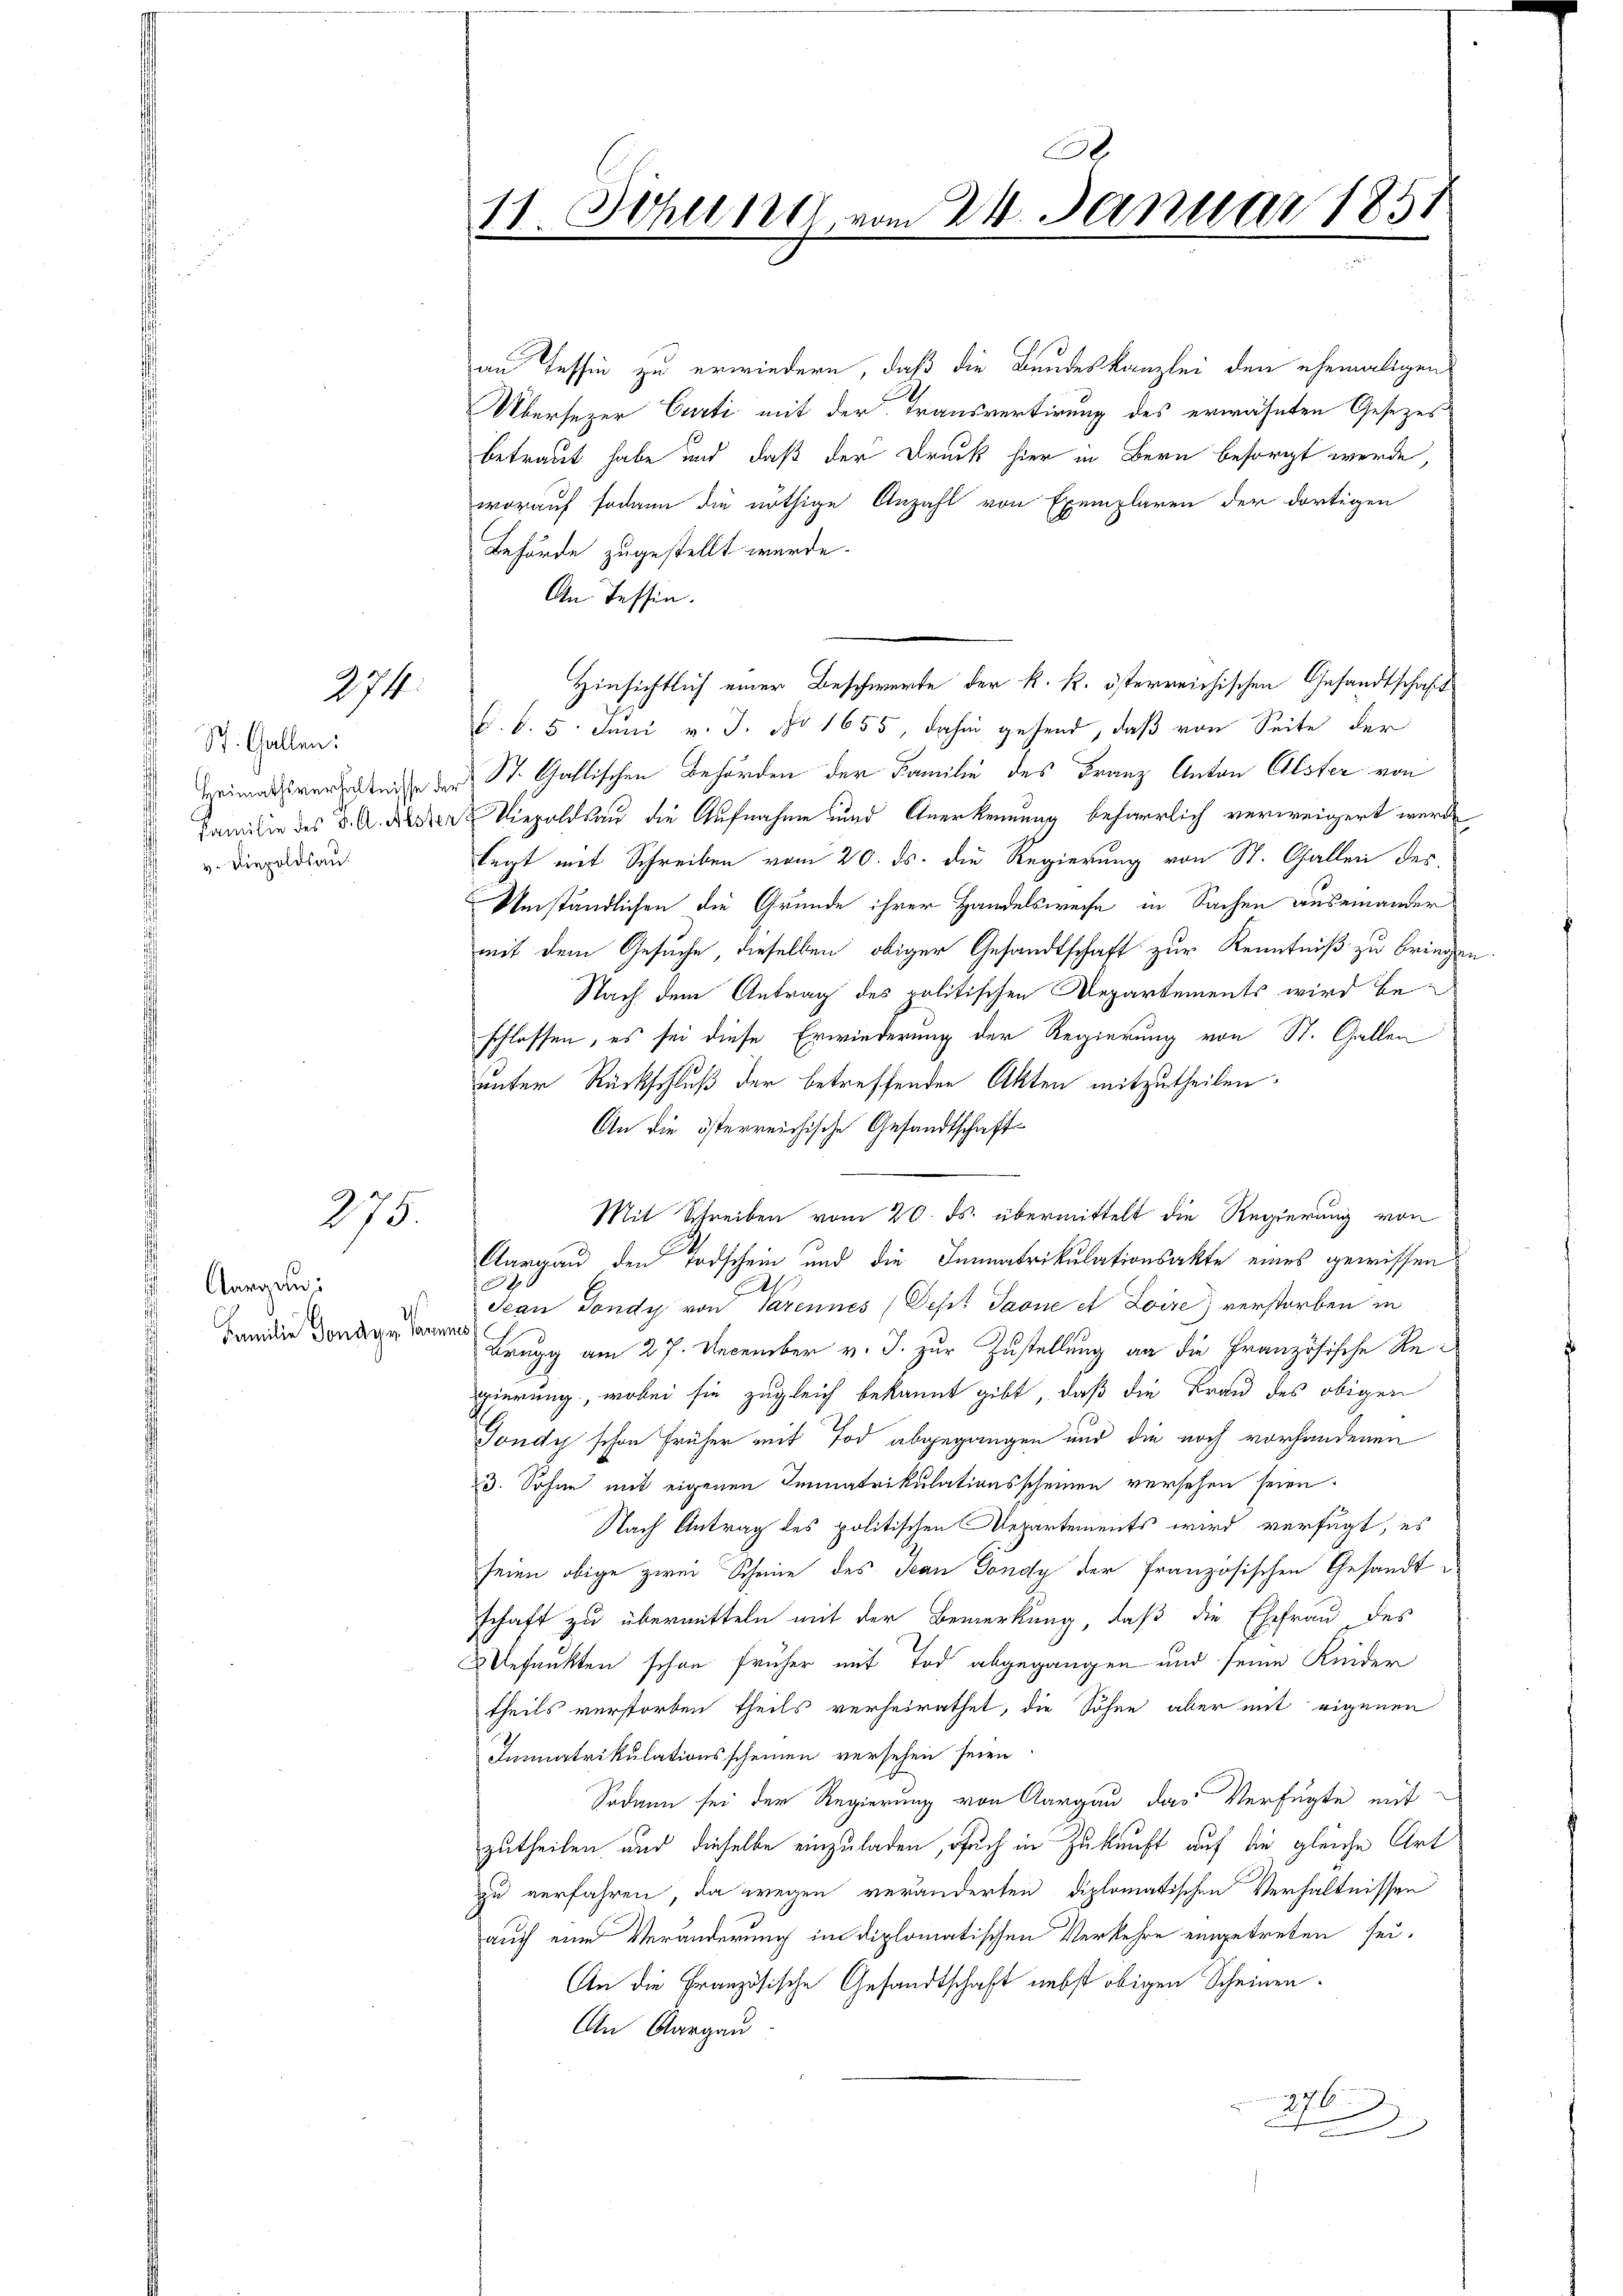
274.

St. Gallen:
v. Diepoldsau.

275.

Aargau:
Familie Sonder Tannes

30
11 Schel 1881 vom 24. Januar 1851

an Tessin zu erwiedern, daß die Bundeskanzlei den ehemaligen
Übersezer Curti mit der Transvertirung des erwähnten Gesezesbetraut habe und daß der Druck hier in Bern besorgt werde,
worauf sodann die nöthige Anzahl von Exemplaren der dortigen
Behörde zugestellt wurde.
An Tessin.
Hinsichtlich einer Beschwerte der k. k. österreichischen Gesandtschaft
6. d. 5. Juni v. J. No 1655, dahin gehend, daß von Seite der
Heimatverseite der St. Gallischen Behörden der Familie des Franz Anton Alster von
Familie des K. A. Ader Violdau die Aufnahme und Anerkennung beharrlich verweigert werde
legt mit Schreiben vom 20. ds. die Regierung von St. Gallen des
Umständlichen die Grunde ihrer Handelsweise in Sachen auseinander
mit dem Gesuche, dieselben obiger Gesandtschaft zur Kenntniß zu bringen
Nach dem Antrag des politischen Departements wird beschlossen, es sei diese Erwiederung der Regierung von St. Gallen
unter Rückschluß der betreffenden Akten mitzutheilen.
An die österreichische Gesandtschaft
Mit Schreiben vom 20. ds. übermittelt die Regierung von
Aargau den Todschein und die Innertrikulationsakte eines gewissen
6
21.
Jean Fondy von Parennes (Sept Jaone et Soire) verstorben in
Brugg am 27. December v. J. zur Zustellung an die Französische Regierung, wobei sie zugleich bekannt gibt, daß die Frau des obigen
Jondy schon früher mit Tod abgegangen und die noch vorhandenen
3. Sohne mit eigenen Immatrikulationsscheinen versehen seien.
Nach Antrag des politischen Repartements wird verfügt, es
seien obige zwei Scheine des Jean Gondy der französischen Gesandte
schaft zu übermitteln mit der Bemerkung, daß die Ehefrau, des
efunkten schon früher mit Tod abgegangen und seine Keider
theils verstorben theils verheirathet, die Söhne aber mit eigenen
Immatrikulationsscheinen versehen seien.
Sodann sei der Regierung von Aargau das Verfügte mit
zutheilen und dieselbe einzuladen, ouch in Zukunft auf die gleiche Art
zu verfahren, da wegen veränderten diplomatischen Verhältnissen
auch eine Veränderung im diplomatischen Verkehre eingetreten sei.
An die Französische Gesandtschaft nebst obigen Scheinen¬
An Aargau.
976
d